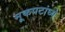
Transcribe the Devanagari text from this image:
मूकपटांध्ये